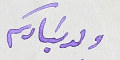
ولد سَيادكم